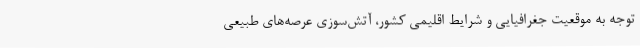
توجه به موقعیت جغرافیایی و شرایط اقلیمی کشور، آتش‌سوزی عرصه‌های طبیعی